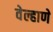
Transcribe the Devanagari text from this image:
वेल्हाणे